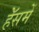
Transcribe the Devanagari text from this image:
हॅेसमें